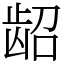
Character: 龆